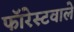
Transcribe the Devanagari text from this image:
फॉरेस्टवाले